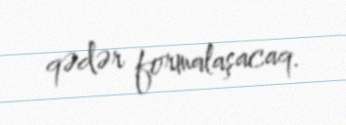
qədər formalaşacaq.